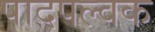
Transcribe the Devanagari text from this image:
पादपल्वक